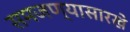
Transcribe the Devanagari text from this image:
समजण्यासारखे